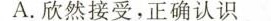
A.欣然接受，正确认识